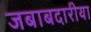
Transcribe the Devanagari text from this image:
जबाबदारीया